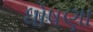
ધોષણા